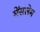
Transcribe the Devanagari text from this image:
मेंसलेम